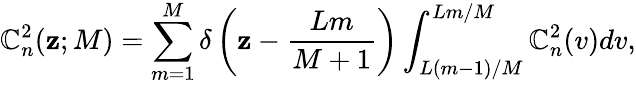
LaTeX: \mathbb{C}_{n}^{2}(\mathbf{z};M)=\sum_{m=1}^{M}\delta\left(\mathbf{z}-\frac{{Lm}}{{M+1}}\right)\int_{L(m-1)/M}^{Lm/M}\mathbb{C}_{n}^{2}(v)dv,